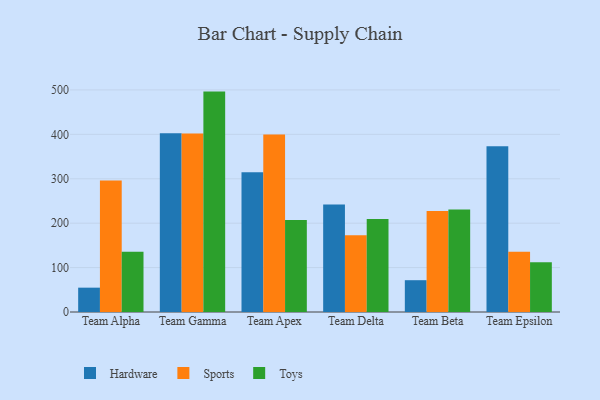
{"axis": {"x": "Team", "y": "Inventory Turnover"}, "legend": ["Hardware", "Sports", "Toys"], "data": [{"x": "Team Alpha", "y": 54.8, "type": "Hardware"}, {"x": "Team Alpha", "y": 296.2, "type": "Sports"}, {"x": "Team Alpha", "y": 135.9, "type": "Toys"}, {"x": "Team Gamma", "y": 402.3, "type": "Hardware"}, {"x": "Team Gamma", "y": 401.6, "type": "Sports"}, {"x": "Team Gamma", "y": 496.2, "type": "Toys"}, {"x": "Team Apex", "y": 314.7, "type": "Hardware"}, {"x": "Team Apex", "y": 399.8, "type": "Sports"}, {"x": "Team Apex", "y": 207.2, "type": "Toys"}, {"x": "Team Delta", "y": 242.2, "type": "Hardware"}, {"x": "Team Delta", "y": 172.9, "type": "Sports"}, {"x": "Team Delta", "y": 209.6, "type": "Toys"}, {"x": "Team Beta", "y": 71.6, "type": "Hardware"}, {"x": "Team Beta", "y": 227.2, "type": "Sports"}, {"x": "Team Beta", "y": 230.6, "type": "Toys"}, {"x": "Team Epsilon", "y": 373.2, "type": "Hardware"}, {"x": "Team Epsilon", "y": 135.7, "type": "Sports"}, {"x": "Team Epsilon", "y": 111.8, "type": "Toys"}]}